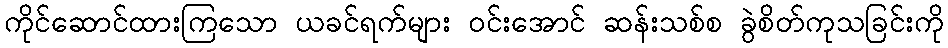
ကိုင်ဆောင်ထားကြသော ယခင်ရက်များ ဝင်းအောင် ဆန်းသစ်စ ခွဲစိတ်ကုသခြင်းကို